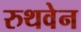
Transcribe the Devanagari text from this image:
रुथवेन